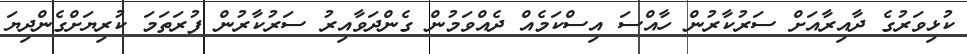
ކުޅިވަރުގެ ދާއިރާއަށް ސަރުކާރުން ހާއްސަ އިސްކަމެއް ދެއްވަމުން ގެންދަވާއިރު ސަރުކާރުން ފުރަތަމަ ކުރިޔަށްގެންދިޔަ